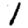
Digit: 1